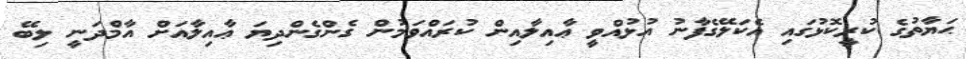
ޙަޔާތުގެ ކުރީކޮޅުގައި އެކަލޭގެފާނު އުޅުއްވީ ޢާއިލާއިން ކުރައްވަމުން ގެންގެންދިޔަ ޢާއިލާއަށް އާމްދަނީ ލިބޭ